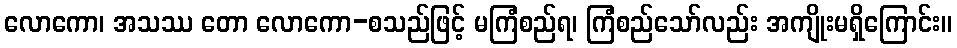
လောကော၊ အသဿ တော လောကော-စသည်ဖြင့် မကြံစည်ရ၊ ကြံစည်သော်လည်း အကျိုးမရှိကြောင်း။